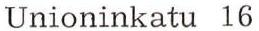
Unioninkatu 16